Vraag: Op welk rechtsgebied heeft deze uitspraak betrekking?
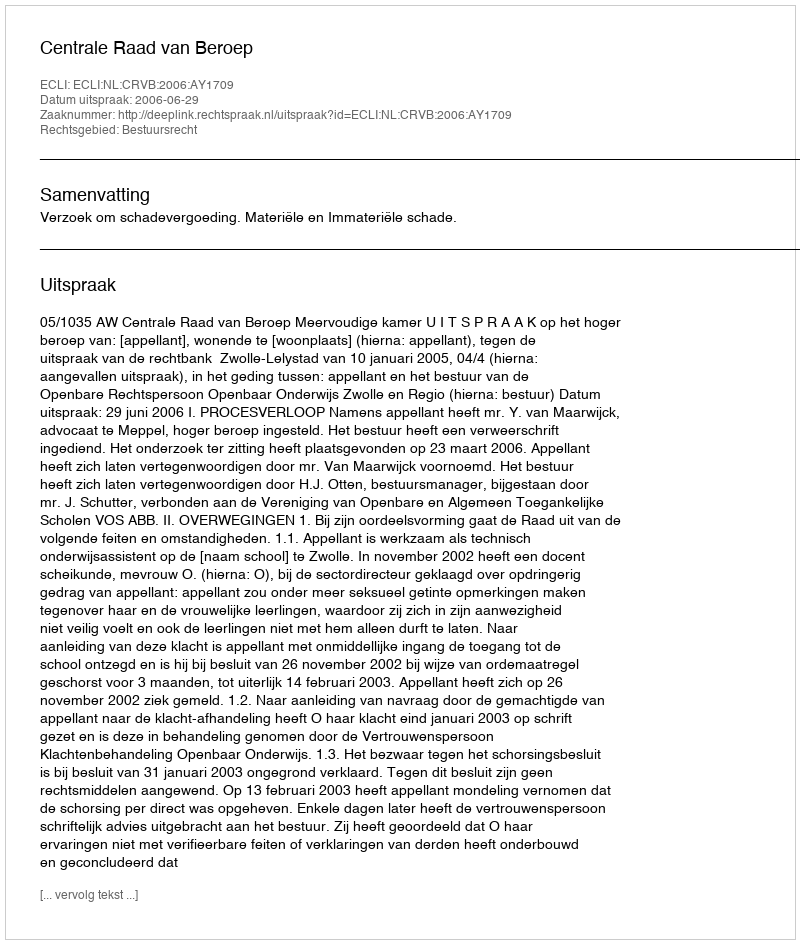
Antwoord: Bestuursrecht